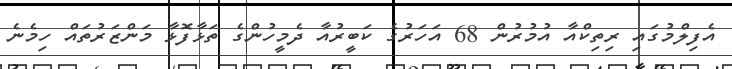
އެފިލްމުގައި ރިތިކްއާ އުމުރުން 68 އަހަރުގެ ކަބީރުއާ ދެމީހުންގެ ތަޅާފޮޅާ މަންޒަރުތައް ހިމެނެ